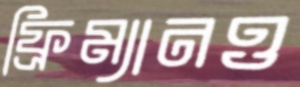
ফ্রিম্যানও